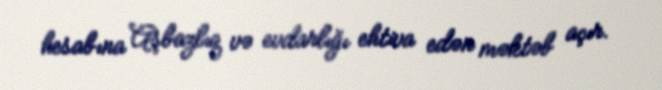
hesabına Aşbazlıq və evdarlığı ehtiva edən məktəb açır.